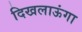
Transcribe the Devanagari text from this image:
दिखलाऊंगा